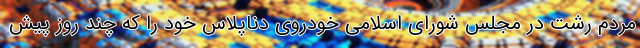
مردم رشت در مجلس شورای اسلامی خودروی دناپلاس خود را که چند روز پیش